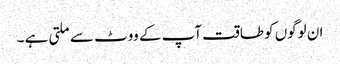
ان لوگوں کو طاقت آپ کے ووٹ سے ملتی ہے ۔